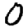
Digit: 0